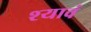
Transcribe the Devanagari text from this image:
श्यावं